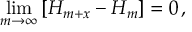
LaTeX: \operatorname* { l i m } _ { m \rightarrow \infty } \left[ H _ { m + x } - H _ { m } \right] = 0 \, ,